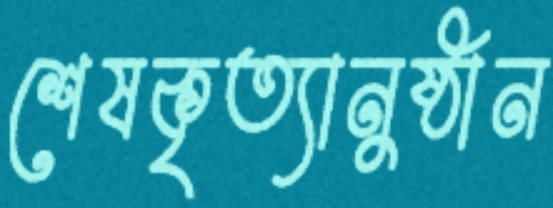
শেষকৃত্যানুষ্ঠান